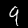
Label: 9